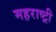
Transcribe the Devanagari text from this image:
महराष्ट्री